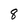
Character: 8